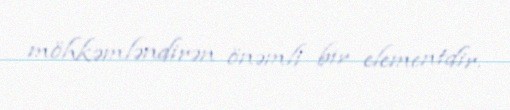
möhkəmləndirən önəmli bir elementdir.